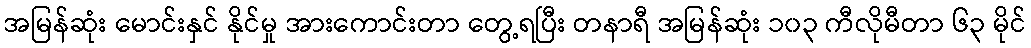
အမြန်ဆုံး မောင်းနှင် နိုင်မှု အားကောင်းတာ တွေ့ရပြီး တနာရီ အမြန်ဆုံး ၁၀၃ ကီလိုမီတာ ၆၃ မိုင်